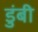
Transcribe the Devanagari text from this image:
डुंबी